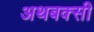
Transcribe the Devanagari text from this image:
अथबक्सी